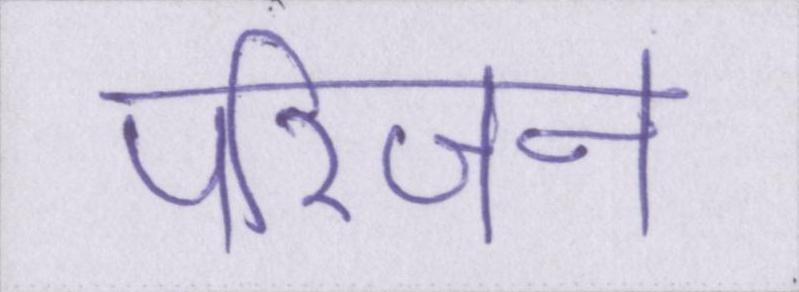
परिजन